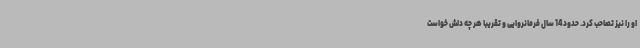
او را نیز تصاحب کرد. حدود 14 سال فرمانروایی و تقریبا هر چه دلش خواست